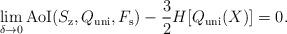
LaTeX: \begin{align*}\lim_{\delta \to 0}{\rm AoI}(S_{\mathrm{z}},Q_{{\mathrm{uni}}},F_\mathrm{s})-\frac{3}{2}{H[Q_{{\mathrm{uni}}}(X)]}= 0.\end{align*}